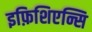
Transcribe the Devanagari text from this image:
इफ़िशिएन्सि